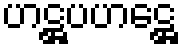
ဟဋ္ဌပဟဋ္ဌေ